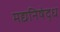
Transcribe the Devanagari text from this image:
मद्यनिषेद्ध